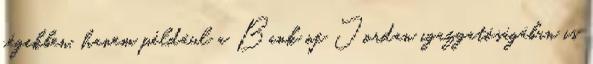
cégekben, hanem például a Bank of Jordan igazgatóságában is